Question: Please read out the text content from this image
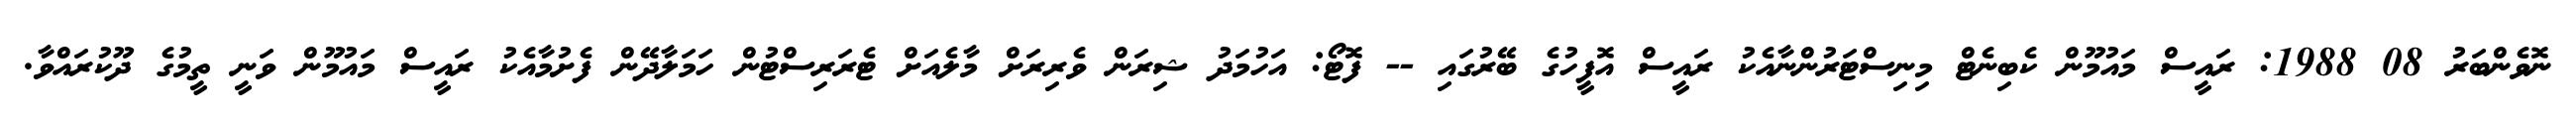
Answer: ނޮވެންބަރު 08 1988: ރައީސް މައުމޫން ކެބިނެޓް މިނިސްޓަރުންނާއެކު ރައީސް އޮފީހުގެ ބޭރުގައި -- ފޮޓޯ: އަހުމަދު ޝިރަން ވެރިރަށް މާލެއަށް ޓެރަރިސްޓުން ހަމަލާދޭން ފެށުމާއެކު ރައީސް މައުމޫން ވަނީ ތީމުގެ ދޫކުރައްވާ.